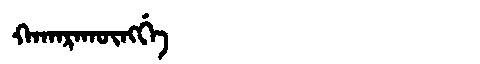
Manchu: ᡴᠠᡴᠠᡵᠠᡴᡡᠩᡤᡝ
Romanization: KAKARAKŪNGGE